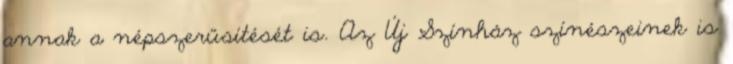
annak a népszerűsítését is. Az Új Színház színészeinek is